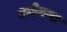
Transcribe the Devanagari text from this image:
अबेकस